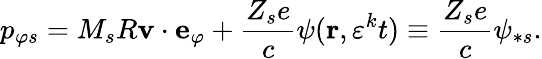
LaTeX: p_{\varphi s}=M_{s}R\mathbf{v}\cdot\mathbf{e}_{\varphi}+\frac{Z_{s}e}{c}\psi(\mathbf{r},\varepsilon^{k}t)\equiv\frac{Z_{s}e}{c}\psi_{\ast s}.